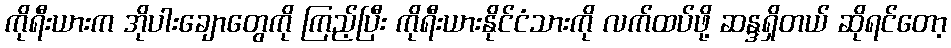
ကိုရီးယားက အိုပါးချောတွေကို ကြည့်ပြီး ကိုရီးယားနိုင်ငံသားကို လက်ထပ်ဖို့ ဆန္ဒရှိတယ် ဆိုရင်တော့